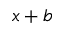
x + b